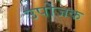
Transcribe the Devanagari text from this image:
उपोजक